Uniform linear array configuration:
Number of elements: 48
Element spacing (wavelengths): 0.25
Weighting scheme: kaiser
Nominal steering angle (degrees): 45
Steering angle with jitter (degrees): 43.18
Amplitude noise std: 0.05
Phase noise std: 0.05

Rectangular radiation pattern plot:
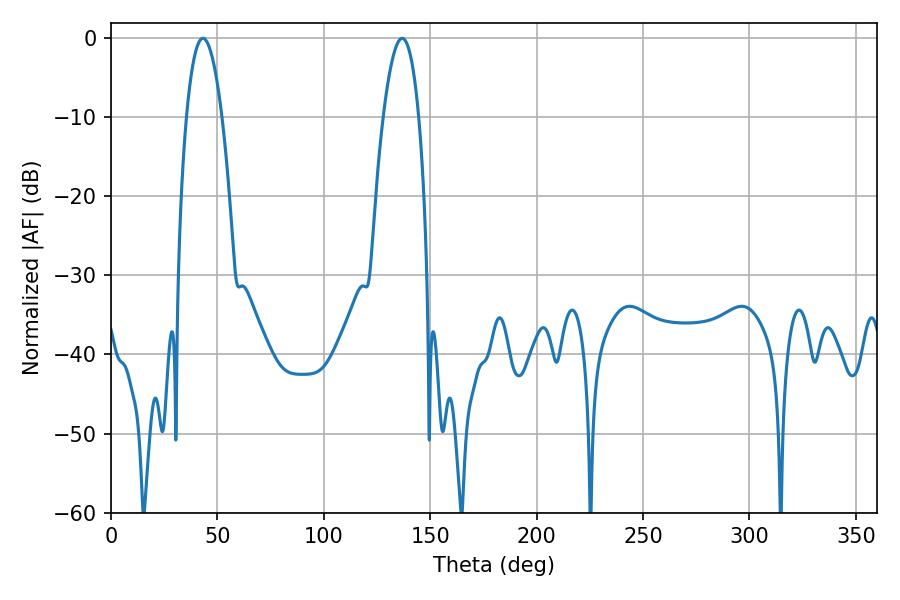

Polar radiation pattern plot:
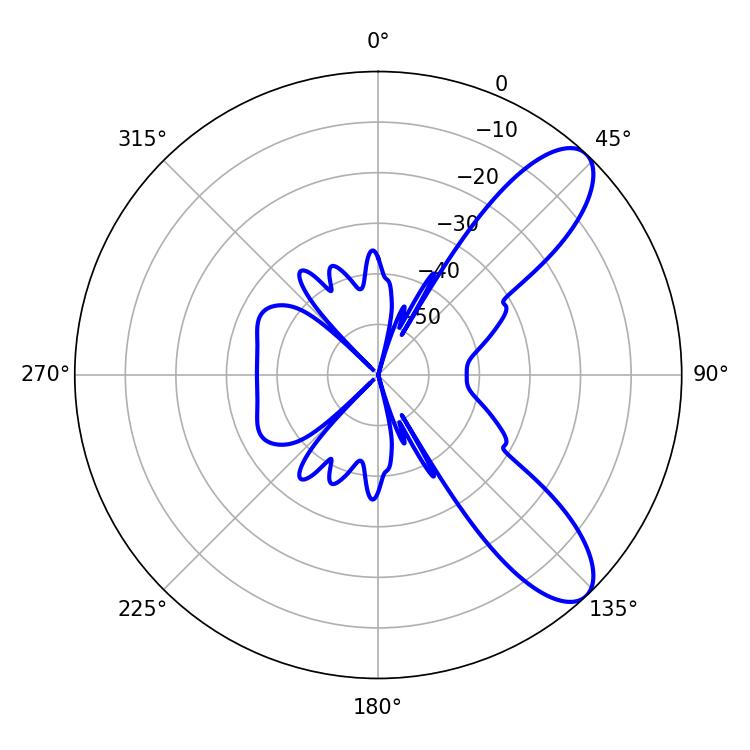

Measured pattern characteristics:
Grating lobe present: FALSE
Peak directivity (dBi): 9.264
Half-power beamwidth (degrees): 9.36
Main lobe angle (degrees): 43.2